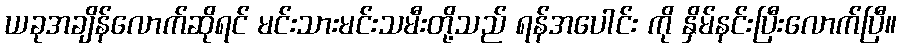
ယခုအချိန်လောက်ဆိုရင် မင်းသားမင်းသမီးတို့သည် ရန်အပေါင်း ကို နှိမ်နင်းပြီးလောက်ပြီ။